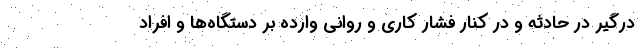
درگير در حادثه و در كنار فشار كاری و روانی وارده بر دستگاه‌ها و افراد